Memorandum on the prevention of leprosy by segregation of the affected
Disease focus: Leprosy
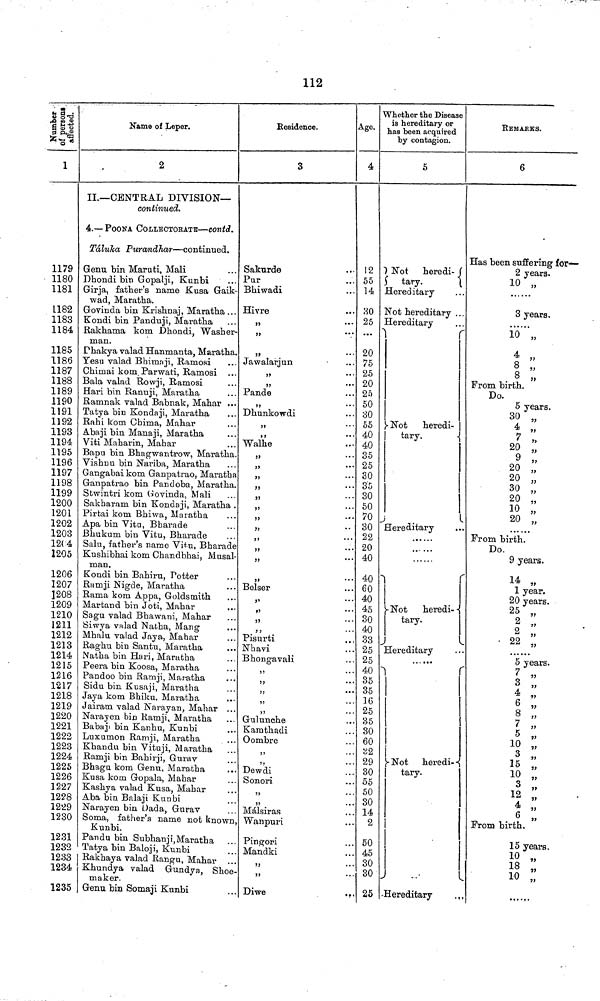
112
Number of persons afiected.
1
1179
1180
1181
L182
1183
1184
1185
1186
1187
1188
1189
1190
1191
1192
1193
1194
1195
1196
1197
1198
1199
1200
1201
1202
1203
12(4
1205
1206
1207
1208
1209
1210
1211
1212
1213
1214
1215
1216
1217
1218
1219
1220
1221
1222
1223
1224
1225
1226
1227
1228
1229
1230
1231
1232
1233
1234
1235
Name of Leper.
2
II.—CENTRAL DIVISION—
continued.
4.—POONA COLLECTORATE—contd.
Táluha Purandhar—continued.
Genu bin Maruti, Mali
Dhondi bin Gopalji, Kunbi
Girja, father's name Kusa Gaik-
wad, Maratha.
Govinda bin Krishnaj, Maratha ...
Kondi bin Panduji, Maratha
Rakhama kom Dhondi, Washer-
man.
Phakya valad Hanmanta, Maratha.
Yesu valad Bhimnji, Ramosi
Chimai kom Parwati, Ramosi ...
Bala valad Rowji, Ramosi
Hari bin Rantiji, Maratha
Ramnak valad Babnak, Mahar ...
Tatya bin Kondaji, Maratha
Rahi kom Chima, Mahar
Abaji bin Manaji, Maratha
Viti Maharin, Mahar
Bapu bin Bhagwantrow, Maratha.
Vishnu bin Nai-iba, Maratha
Gangabai kom Ganpatrao, Maratha
Ganpatrao bin Pandoba, Maratha.
Stwintri kom Govinda, Mali
Sakbaram bin Kondaji, Maratha .
Pirtai kom Bhiwa, Maratha
Apa bin Vita, Bharade
Bhukum bin Vitu, Bharade
Salu, father's name Vitu, Bharade
Kushibhai kom Chandbhai, Musal-
man
Kondi bin Bahiru, Potter
Ramji Nigde, Maratha
Rama kom Appa, Goldsmith
Martand bin Joti, Mahar
Sagu valad Bhawani, Mahar
Siwya valad Natha, Mang
Mhala valad Jaya, Mahar
Raghu bin Santu, Maratha
Natha bin Hari, Maratha
Peera bin Koosa, Maratha
Pandoo bin Ramji, Maratha
Sidu bin Kusaji, Maratha
Jaya kom Bhiku, Maratha
Jairam valad Narayan, Mahar ...
Narayen bin Ramji, Maratha
Babaji bin Kanhu, Kunbi
Luxamon Ramji, Maratha
Khandu bin Vituji, Maratha
Ramji bin Bahirji, Gurav
Bhagu kom Genu, Maratha
Kusa kom Gopala, Mahar
Kashya valad Kusa, Mahar
Aba bin Balaji Kunbi
Narayen bin Dada, Gurav
Soma, father's name not known
Kunbi.
Pandu bin Subhanji,Maratha
Tatya bin Baloji, Kunbi
Rakhaya valad Rangu, Mahar
Khundya valad Gundya, Shoe
maker.
Genu bin Somaji Kunbi
Residence.
3
Sakurde
Pur
Bhiwadi
Hivre
Jawalarjun
»
•• •
,,
...
Pande
Dhunkowdi
Walhe
Belser
Pisurti
Nhavi
Bhongavali
Gulunche
Kamthadi
Oombre
Dewdi
Sonori
Málsiras
Wanpuri
Pingori
Mandki
Diwe
,.
Age.
4
12
55
14
HO
25
20
75
25
20
25
50
30
55
40
40
35
25
30
35
30
50
70
30
22
20
40
40
60
40
45
30
40
33
25
25
40
35
35
16
25
35
30
60
32
29
30
55
50
30
14
2
50
45
30
30
25
Whether the Disease
is hereditary or
has been acquired
by contagion.
5
Not heredi-
tary.
Hereditary
Not hereditary ...
Hereditary
Not
heredi-
tary,
Hereditary
Not
heredi-
tary.
Hereditary
[ Not heredi-
tary.
Hereditary
.,
REMARKS.
6
Has been suffering for—
2 years.
10 „
3 years.
10 „
4 „
8 „
7
8 „
From birth.
Do.
5 years.
30 „
4 ,
20
9
20
20
30
20
10 ,
20
From birth.
Do.
9 years.
14
1 year.
20 years.
25
2 "
2
22
7
3 "
4
6 "
8
0
>?7
5
10
15 "
10 "
3 "
12 "
.
From birth.
15 years.
10
18 "
• • •